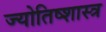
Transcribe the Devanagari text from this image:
ज्योतिष्शास्त्र